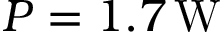
P = 1 . 7 \, \mathrm { W }